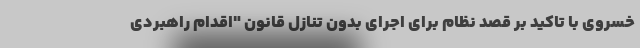
خسروی با تاکید بر قصد نظام برای اجرای بدون تنازل قانون "اقدام راهبردی